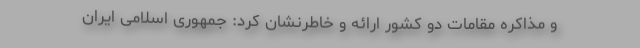
و مذاکره مقامات دو کشور ارائه و خاطرنشان کرد: جمهوری اسلامی ایران